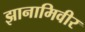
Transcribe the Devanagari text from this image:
झानामिवीर